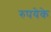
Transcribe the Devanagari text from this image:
रुपयेके